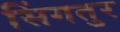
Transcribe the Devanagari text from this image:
सिंगतुर